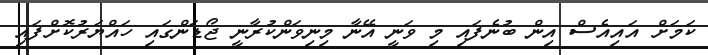
ކަމަށް އައިއެސް އިން ބުނެފައި މި ވަނީ އޭނާ މިނިވަންކުރާނީ ޖޯޑަންގައި ހައްޔަރުކޮށްފައި